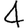
Digit: 4